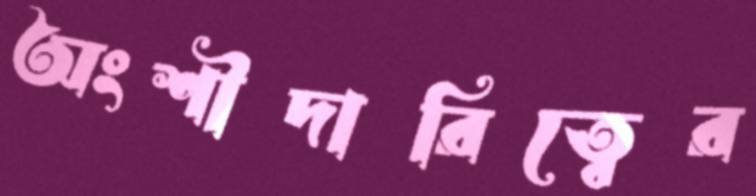
অংশীদারিত্বের